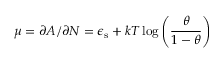
\mu = \partial A / \partial N = \epsilon _ { \mathrm { s } } + k T \log \left( \frac { \theta } { 1 - \theta } \right)